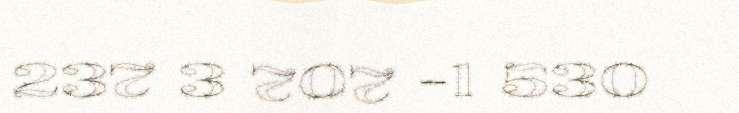
237 3 707 -1 530